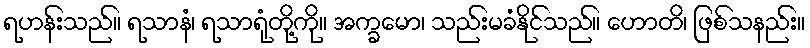
ရဟန်းသည်။ ရသာနံ၊ ရသာရုံတို့ကို။ အက္ခမော၊ သည်းမခံနိုင်သည်။ ဟောတိ၊ ဖြစ်သနည်း။